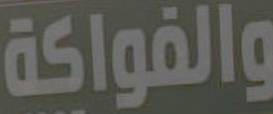
والفواكة